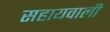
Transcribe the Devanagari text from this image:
सहायवाली